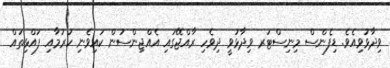
ވިދާޅުވިއެވެ. ޑިފެންސް މިނިސްޓަރ ވިދާޅުވީ ދިވެހި ރާއްޖޭގައި އެއްޖިންސުން ކައިވެނި ކުރުމާއި ފައްޅިތައް